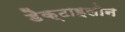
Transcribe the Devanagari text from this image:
डैक्टाइलोन